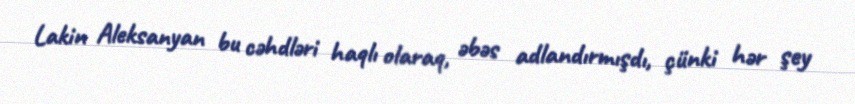
Lakin Aleksanyan bu cəhdləri haqlı olaraq, əbəs adlandırmışdı, çünki hər şey